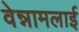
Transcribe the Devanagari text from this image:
वेन्नामलाई